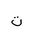
Letter: _ta